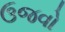
ઉજવો